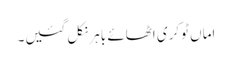
اماں ٹوکری اٹھائے باہر نکل گئیں۔